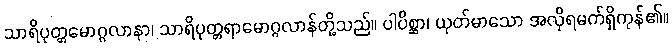
သာရိပုတ္တမောဂ္ဂလာနာ၊ သာရိပုတ္တရာမောဂ္ဂလာန်တို့သည်။ ပါပိစ္ဆာ၊ ယုတ်မာသော အလိုရမက်ရှိကုန်၏။